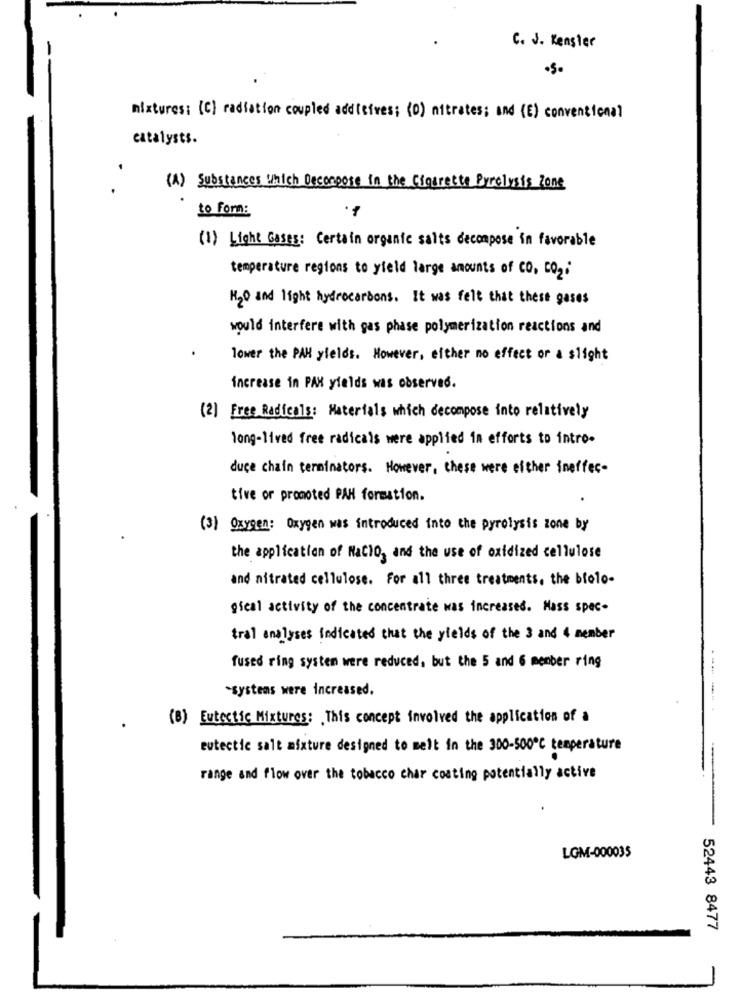
C. J. Kengler
mixtures: (C) radiation coupled additives; (0) nitrates; and (E) conventional
catalysts.
(A) Substances Which Decompose in the Cigarette Precivais Zone
to Form:
(1) Light Gases: Certain organic salts decompose in favorable
temperature regions to yield large amounts of co, co2.
H2O and light hydrocarbons. It was felt that these gases
would interfere with gas phase polymerization reactions and
lower the PAH yields. However, either no effect or a slight
increase in PAX yields was observed.
(2) Free Radicals: Materials which decompose into relatively
long-lived free radicals were applied in efforts to intro-
duce chain terminators. However, these were either ineffec-
tive or promoted PAH formation.
(3) Oxygen: Oxygen was introduced into the pyrolysis zone by
the application of NaCIO, and the use of oxidized cellulose
and nitrated cellulose. For all three treatments, the biolo-
gieal activity of the concentrate was increased. Mass spec-
tral analyses indicated that the yields of the 3 and 4 member
fused ring system were reduced, but the 5 and 6 member ring
-systems were increased.
(8) Eutectic Mixtures: This concept involved the application of a
eutectic salt mixture designed to melt in the 300-500℃ temperature
range and flow over the tobacco char coating potentially active
LGM-000035
52443 8477